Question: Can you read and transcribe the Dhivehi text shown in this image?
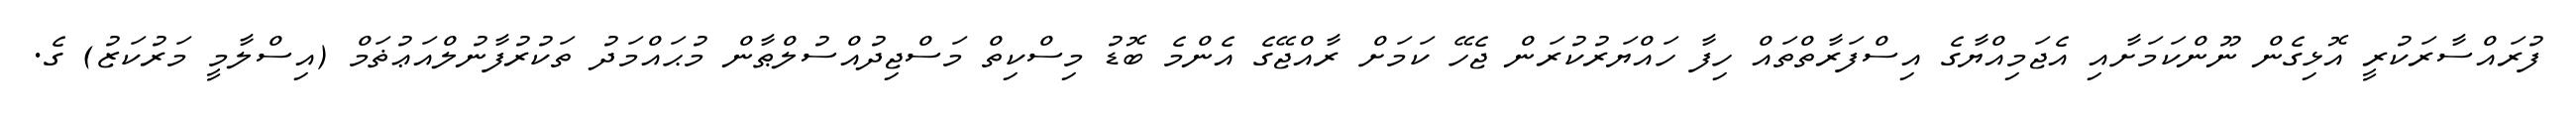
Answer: ފުރައްސާރަކުރީ އޮޅިގެން ނޫންކަމަށާއި އެޖަމިއްޔާގެ އިސްފަރާތްތައް ހިފާ ހައްޔަރުކުރަން ޖެހޭ ކަމަށް ރާއްޖޭގެ އެންމެ ބޮޑު މިސްކިތް މަސްޖިދުއްސުލްޠާން މުޙައްމަދު ތަކުރުފާނުލްއަޢުޡަމް (އިސްލާމީ މަރުކަޒު) ގެ.